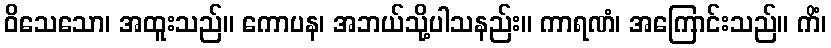
ဝိသေသော၊ အထူးသည်။ ကောပန၊ အဘယ်သို့ပါသနည်း။ ကာရဏံ၊ အကြောင်းသည်။ ကိံ၊